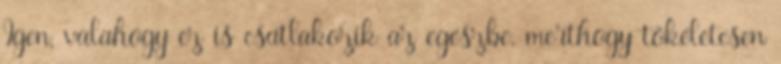
Igen, valahogy ez is csatlakozik az egészbe, merthogy tökéletesen